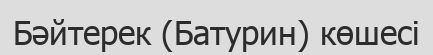
Бәйтерек (Батурин) көшесі